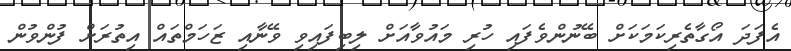
އެފަދަ އޯގާތެރިކަމަކަށް ބޭނުންވެފައި ހުރި މައުވާއަށް ލިބިފައިވި ވޭނާއި ޒަހަމްތައް އިތުރަށް ފުންވުން